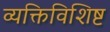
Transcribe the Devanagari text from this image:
व्यक्तिविशिष्ट